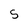
Character: 5